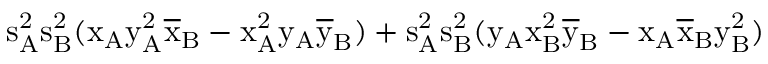
\mathrm { s _ { A } ^ { 2 } \mathrm { s _ { B } ^ { 2 } ( \mathrm { x _ { A } \mathrm { y _ { A } ^ { 2 } \mathrm { \overline { { x } } _ { B } - \mathrm { x _ { A } ^ { 2 } \mathrm { y _ { A } \mathrm { \overline { { y } } _ { B } ) + \mathrm { s _ { A } ^ { 2 } \mathrm { s _ { B } ^ { 2 } ( \mathrm { y _ { A } \mathrm { x _ { B } ^ { 2 } \mathrm { \overline { { y } } _ { B } - \mathrm { x _ { A } \mathrm { \overline { { x } } _ { B } \mathrm { y _ { B } ^ { 2 } ) } } } } } } } } } } } } } } } }